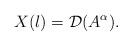
LaTeX: \begin{align*}X(l)=\mathcal{D}(A^\alpha).\end{align*}